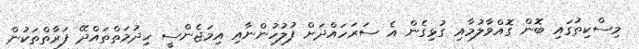
މިސްކިތުގައި ބޮން ގޮއްވާލުމާއި ގުޅިގެން އެ ސަރަަހައްދަށް ފުލުހުންނާއި އިމަޖެންސީ ހިދުމަތްތައްދޭ ފަރާތްތަކުން